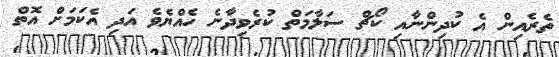
ތެރެއިން އެ ކުދިންނާއި ކޯޗް ސަލާމަތް ކުރެވިދާނެ ހެއްޔެވެ އަދި އެކަމަށް އޮތް